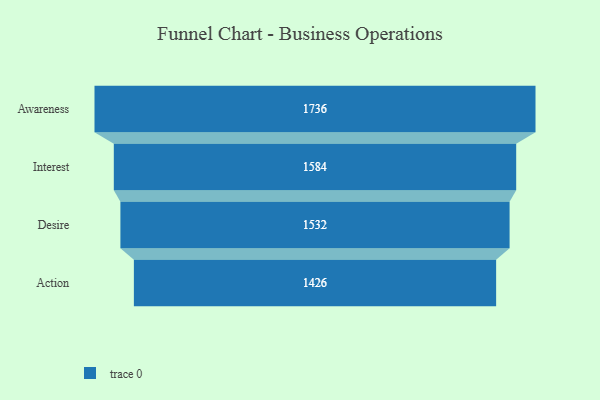
{"axis": {"x": "Stage", "y": "Value"}, "legend": [""], "data": [{"x": "Awareness", "y": 1736.0, "type": ""}, {"x": "Interest", "y": 1584.0, "type": ""}, {"x": "Desire", "y": 1532.0, "type": ""}, {"x": "Action", "y": 1426.0, "type": ""}]}